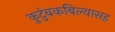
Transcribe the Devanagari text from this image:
कुटुंबकबिल्यासह